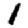
Digit: 1